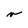
Character: v